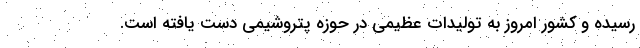
رسیده و کشور امروز به تولیدات عظیمی در حوزه پتروشیمی دست یافته است.